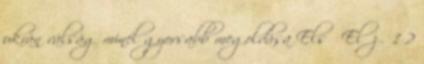
ukrán válság minél gyorsabb megoldása Első Előző 1 2